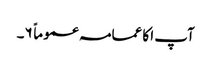
آپ ا کا عمامہ عموماً ۶۔